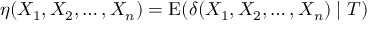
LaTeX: \eta ( X _ { 1 } , X _ { 2 } , \ldots , X _ { n } ) = \operatorname { E } ( \delta ( X _ { 1 } , X _ { 2 } , \ldots , X _ { n } ) \mid T )